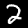
Label: 2